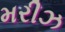
મરીઝ